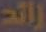
زائد